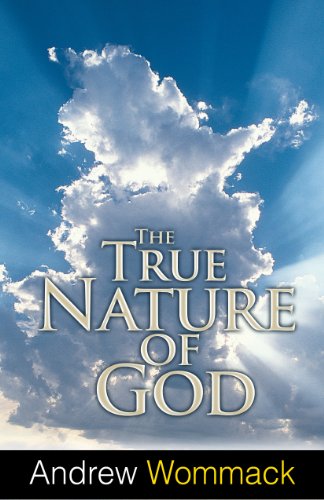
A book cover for True Nature of God; Andrew Wommack; Christian Books & Bibles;